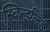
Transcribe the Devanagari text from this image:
स्विर्त्झलंड